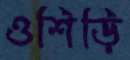
ওশিড়ি